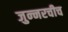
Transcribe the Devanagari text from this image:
जुन्‍नरचीच